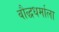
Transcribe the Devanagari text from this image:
बौद्धधर्माला